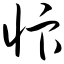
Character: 忭